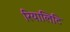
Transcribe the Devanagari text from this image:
रियालिटि